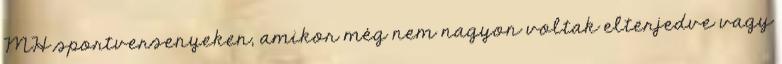
MH sportversenyeken, amikor még nem nagyon voltak elterjedve vagy